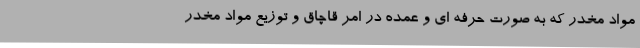
مواد مخدر که به صورت حرفه ای و عمده در امر قاچاق و توزیع مواد مخدر